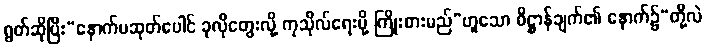
ရွတ်ဆိုပြီး“နောက်ပဆုတ်ပေါင် ခုလိုတွေးလို့ ကုသိုလ်ရေးမို့ ကြိုးစားမည်”ဟူသော ဓိဋ္ဌာန်ချက်၏ နောက်၌“တို့လဲ